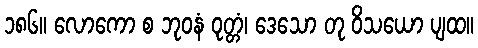
၁၈၆။ လောကော စ ဘုဝနံ ဝုတ္တံ၊ ဒေသော တု ဝိသယော ပျထ။